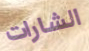
الشارات